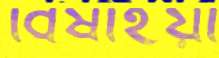
বিষাইয়া